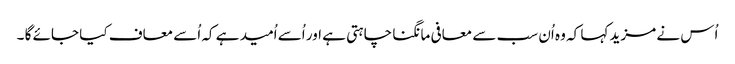
اُس نے مزید کہا کہ وہ اُن سب سے معافی مانگنا چاہتی ہے اور اُسے اُمید ہے کہ اُسے معاف کیا جائے گا ۔